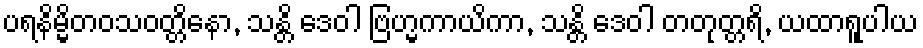
ပရနိမ္မိတဝသဝတ္တိနော, သန္တိ ဒေဝါ ဗြဟ္မကာယိကာ, သန္တိ ဒေဝါ တတုတ္တရိ, ယထာရူပါယ